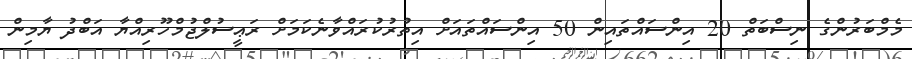
މެމްބަރުންގެ ނިސްބަތް 20 އިންސައްތައިން 50 އިންސައްތައަށް އިތުރުކުރައްވާނެކަމަށް ރަޢީސުލްޖުމްހޫރިއްޔާ އަބްދު ޔާމިން